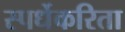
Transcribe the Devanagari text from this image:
स्पर्धेकरिता